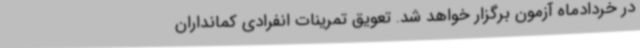
در خردادماه آزمون برگزار خواهد شد. تعویق تمرینات انفرادی کمانداران